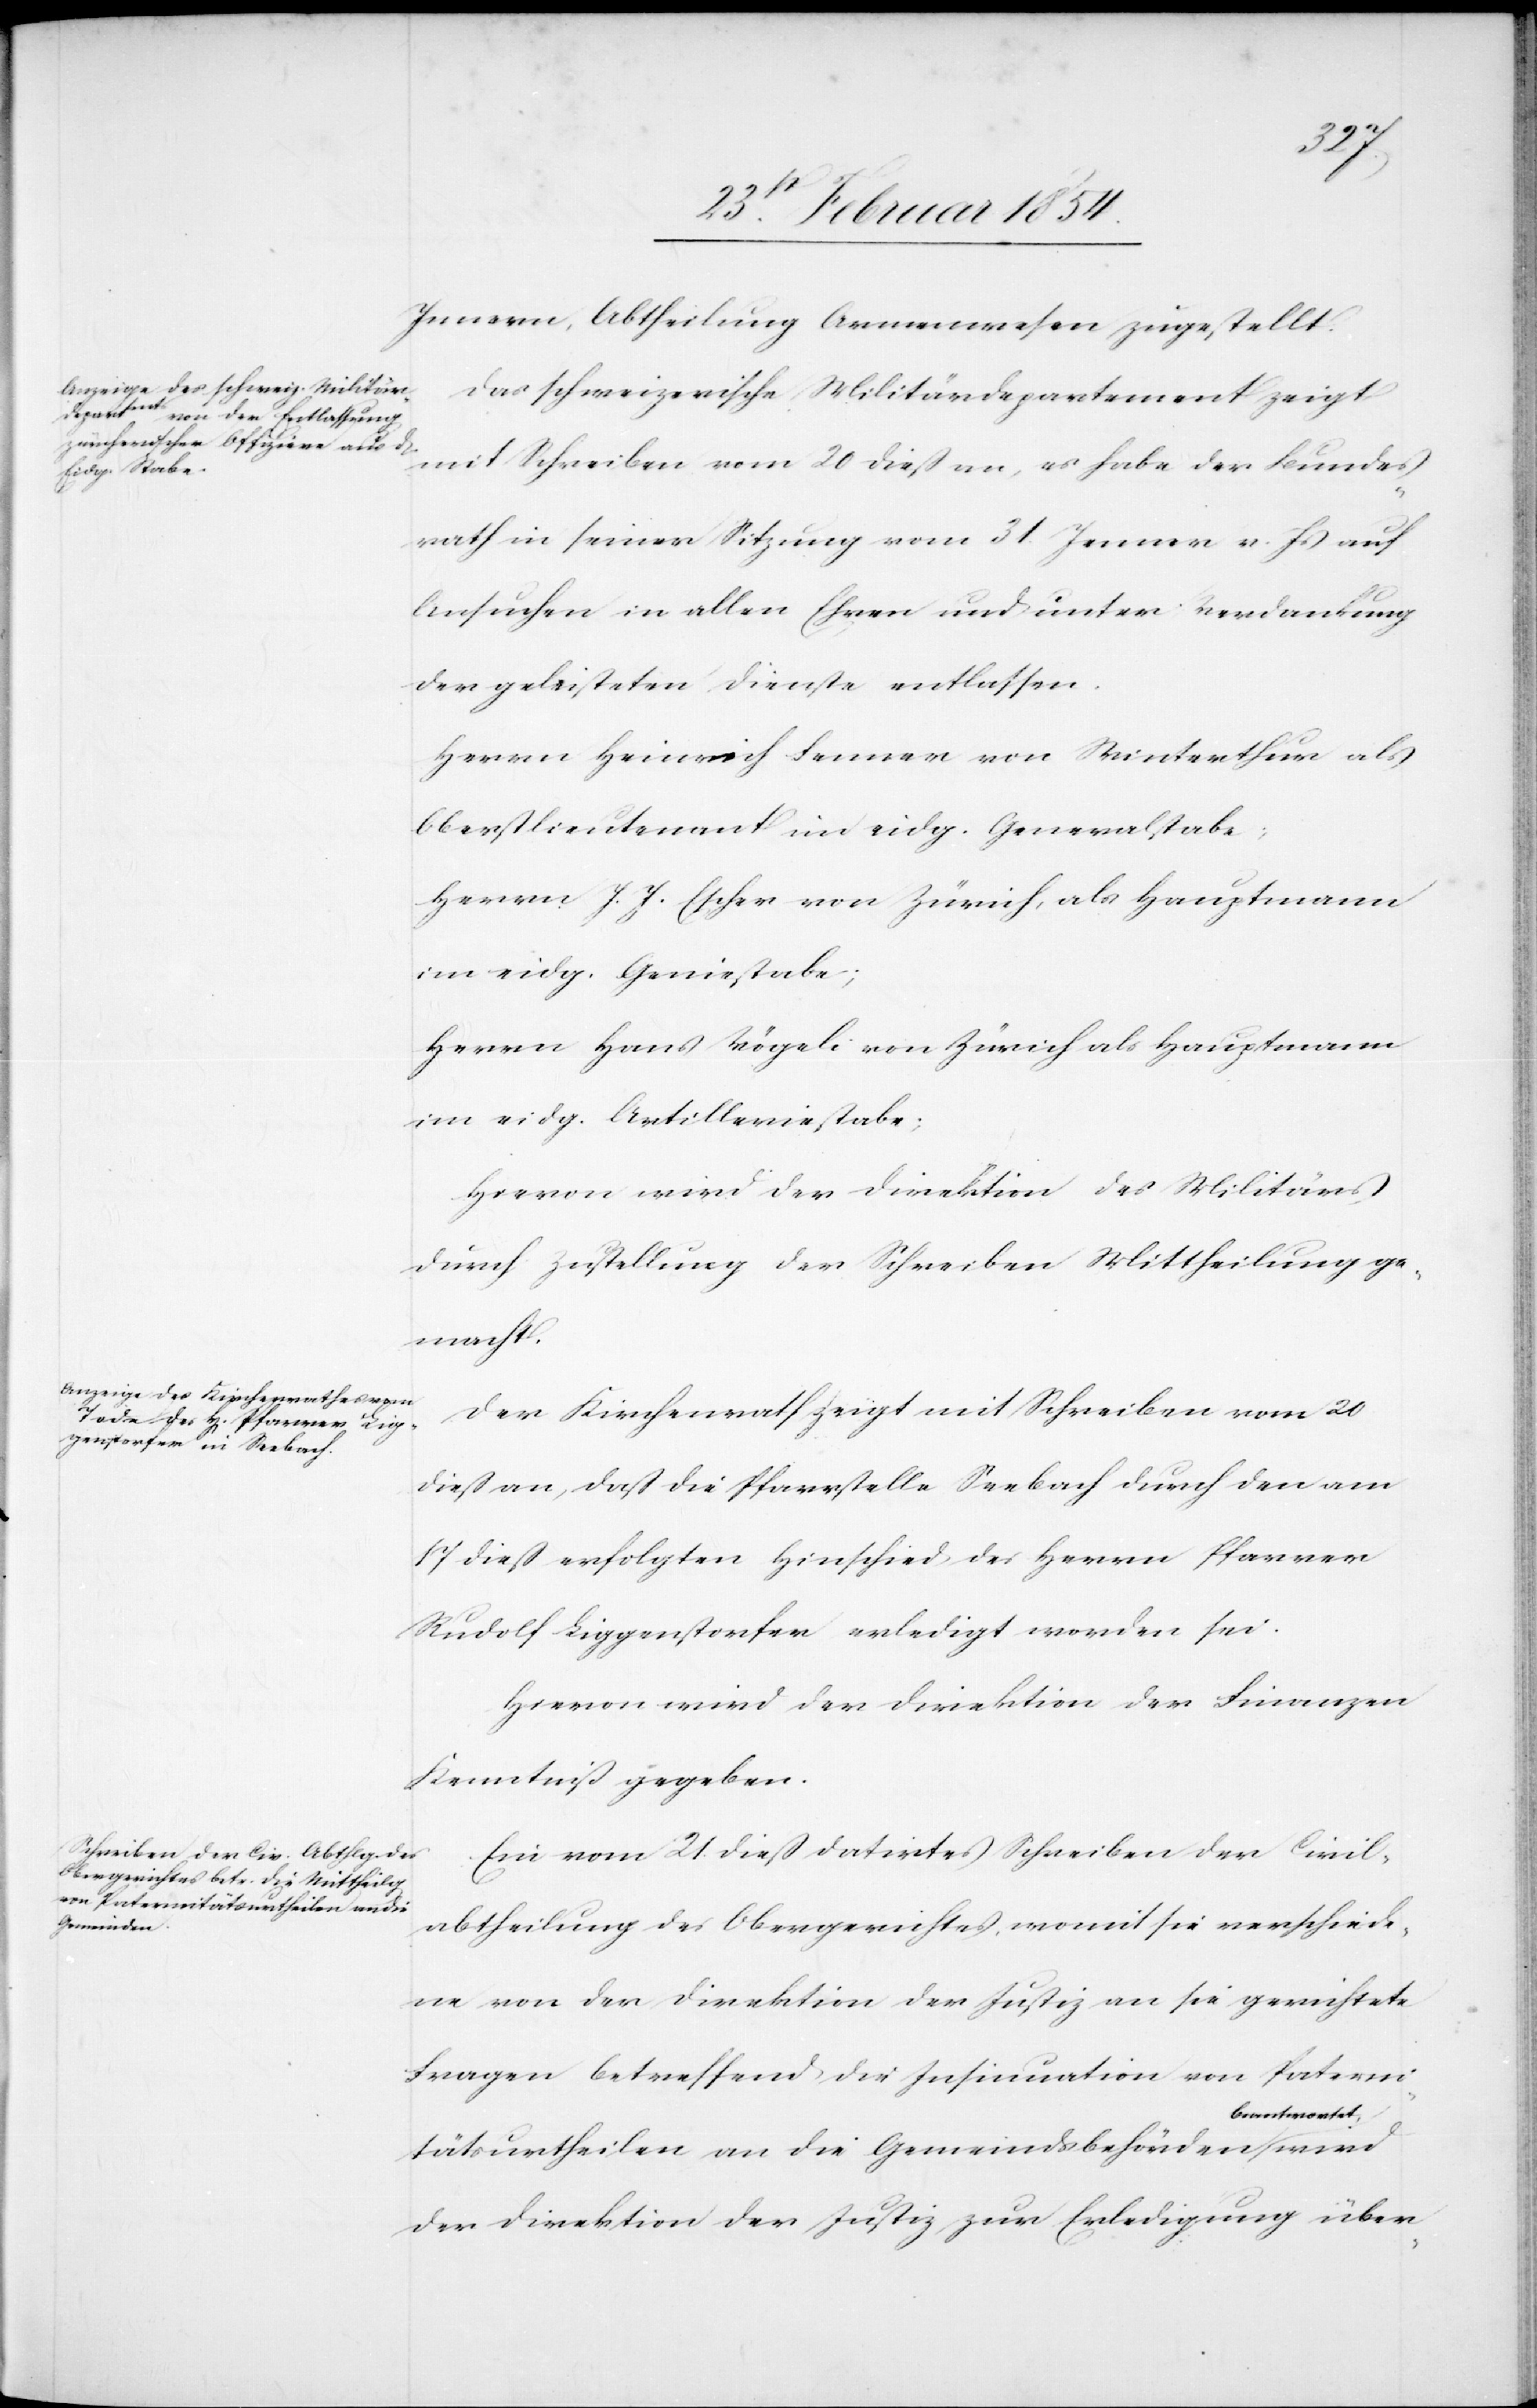
Innern, Abtheilung Armenwesen zugestellt.
Das schweizerische Militärdepartement zeigt
mit Schreiben vom 20 dieß an, es habe der Bundes¬
rath in seiner Sitzung vom 31. Jenner v. Js auf
Ansuchen in allen Ehren und unter Verdankung
der geleisteten Dienste entlassen.
Herrn Heinrich Fenner von Winterthur als
Oberstlieutenant im eidg. Generalstabe;
Herrn J. J. Escher von Zürich, als Hauptmann
im eidg. Geniestabe;
Herrn Hans Vögeli von Zürich als Hauptmann
im eidg. Artilleriestabe;
Hievon wird der Direktion des Militärs
durch Zustellung der Schreiben Mittheilung ge¬
macht.
Der Kirchenrath zeigt mit Schreiben vom 20
dieß an, daß die Pfarrstelle Seebach durch den am
17 dieß erfolgten Hinschied des Herrn Pfarrer
Rudolf Liggenstorfer erledigt worden sei.
Hievon wird der Direktion der Finanzen
Kenntniß gegeben.
Ein vom 21. dieß datirtes Schreiben der Civil¬
abtheilung des Obergerichtes, womit sie verschiede¬
ne von der Direktion der Justiz an sie gerichtete
Fragen betreffend die Insinuation von Paterni¬
a-beantwortet,-a
tätsurtheilen an die Gemeindsbehörden
der Direktion der Justiz zur Erledigung über-